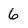
Character: 6